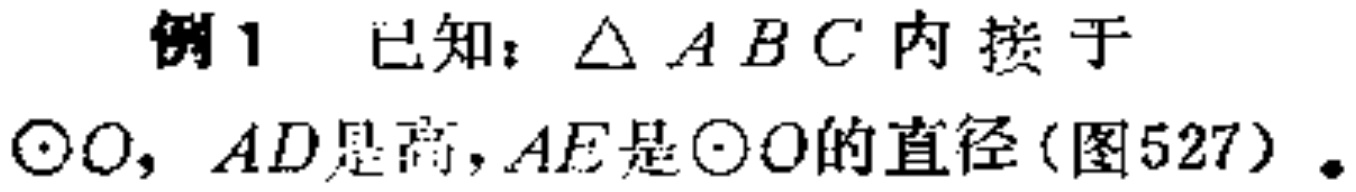
例1 已知：$\triangle ABC$内接于$\odot O$，$AD$是高，$AE$是$\odot O$的直径(图527)。